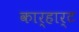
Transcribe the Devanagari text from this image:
कार्हार्ट